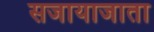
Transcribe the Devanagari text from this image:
सजायाजाता